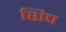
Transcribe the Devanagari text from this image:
शिप